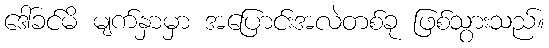
ဒေါ်ခင်မိ မျက်နှာမှာ အပြောင်းအလဲတစ်ခု ဖြစ်သွားသည်။